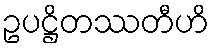
ဥပဋ္ဌိတဿတီဟိ